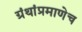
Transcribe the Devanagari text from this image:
ग्रंथांप्रमाणेच